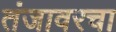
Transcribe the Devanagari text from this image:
तंजावरचा